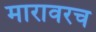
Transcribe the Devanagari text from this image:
मारावरच